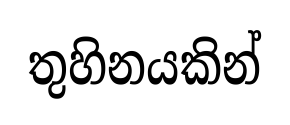
තුහිනයකින්